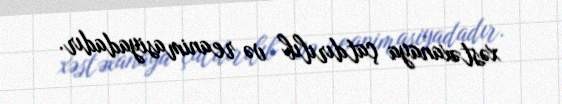
xəstəxanaya çatdırılıb və reanimasiyadadır.